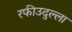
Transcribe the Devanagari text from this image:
रफीउदुल्ला